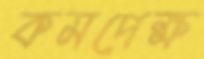
কমপেক্ষ